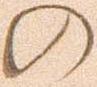
の